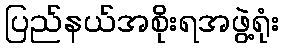
ပြည်နယ်အစိုးရအဖွဲ့ရုံး